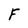
Character: F